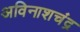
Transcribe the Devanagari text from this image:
अविनाशचंद्र